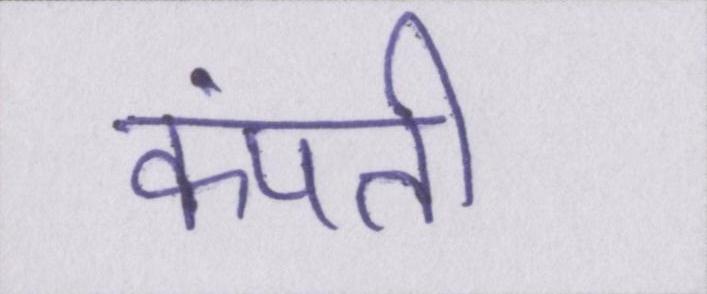
कंपती